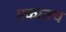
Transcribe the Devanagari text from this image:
एकातच